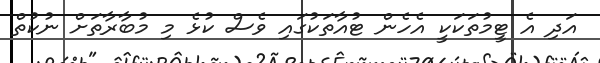
އަދި އެ ޓީމުތަކަކީ އެހެން ޓުއާތަކުގައި ވެސް ކުޅެ މި މުބާރާތަށް ނުކުތް